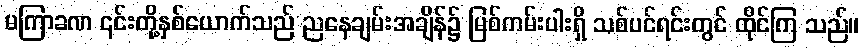
မကြာခဏ ၎င်းတို့နှစ်ယောက်သည် ညနေချမ်းအချိန်၌ မြစ်ကမ်းပါးရှိ သစ်ပင်ရင်းတွင် ထိုင်ကြ သည်။